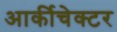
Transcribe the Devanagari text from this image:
आर्कीचेक्टर